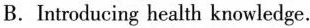
B.Introducing health knowledge.